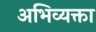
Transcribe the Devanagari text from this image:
अभिव्यक्ता